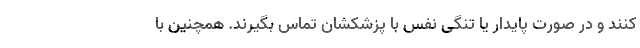
کنند و در صورت پایدار یا تنگی نفس با پزشکشان تماس بگیرند. همچنین با